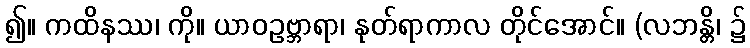
၍။ ကထိနဿ၊ ကို။ ယာဝဥဗ္ဘာရာ၊ နုတ်ရာကာလ တိုင်အောင်။ (လဘန္တိ၊ ၌